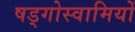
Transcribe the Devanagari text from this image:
षड्गोस्वामियों